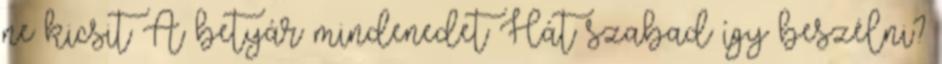
ne kicsit A betyár mindenedet Hát szabad így beszélni?